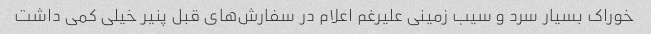
خوراک بسیار سرد و سیب زمینی علیرغم اعلام در سفارش‌های قبل پنیر خیلی کمی داشت